Report on the working of the Ranchi Indian Mental Hospital, Kanke, in Bihar and Orissa - 1930-1940
Year: 1930
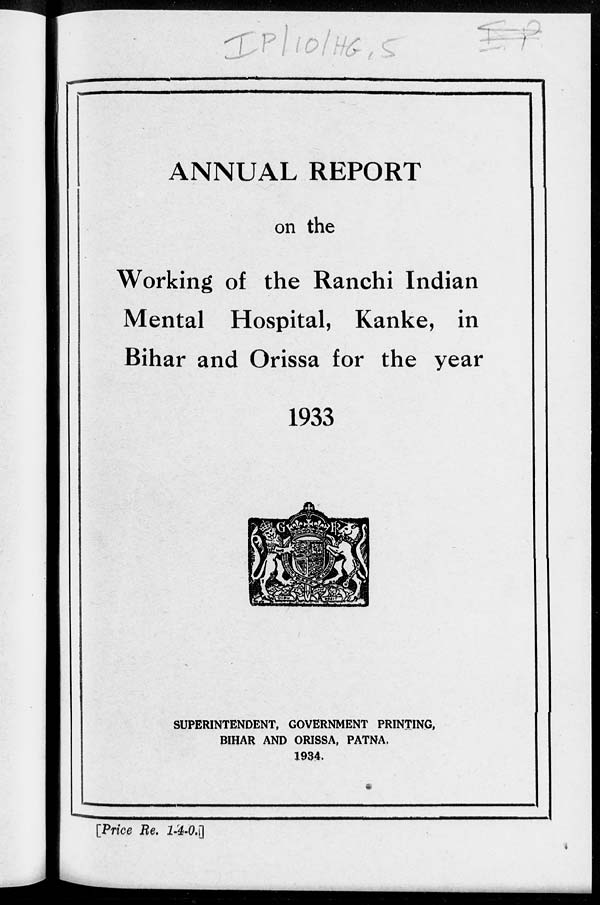
ANNUAL REPORT
on the
Working of the Ranchi Indian
Mental Hospital, Kanke, in
Bihar and Orissa for the year
1933
SUPERINTENDENT, GOVERNMENT PRINTING,
BIHAR AND ORISSA, PATNA.
1934.
[Price Re. 1-4-0.]